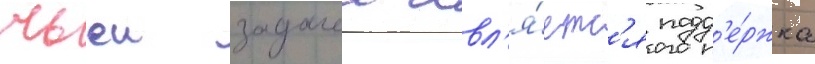
чьеи задачеи явл'я́етс'я подд'е́ржка